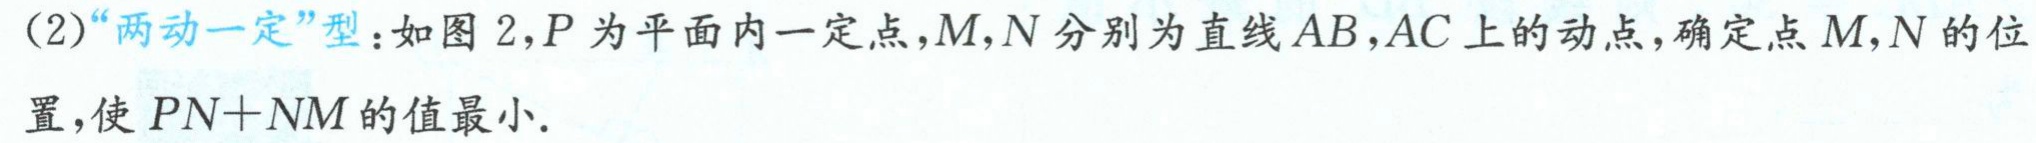
(2)“两动一定”型：如图 2，$P$为平面内一定点，$M,N$分别为直线$AB,AC$上的动点，确定点$M,N$的位置，使$PN + NM$的值最小.